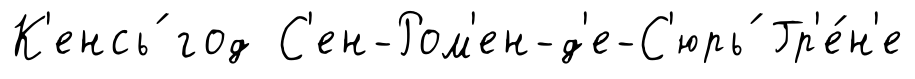
К'енсь́ год С'ен-Ром'ен-д'е-С'юрь́ Гр'е́н'е